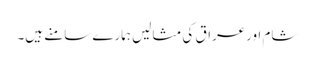
شام اورعراق کی مثالیں ہمارے سامنے ہیں۔